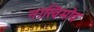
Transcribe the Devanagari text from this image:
नाखिमोव